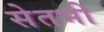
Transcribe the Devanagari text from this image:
सेतभी